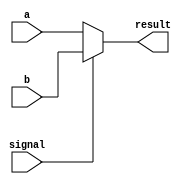
module multiplexer(input [15:0] a,b,
                    input signal,//If the signal is 0, choose a, if 1, choose b.
                    output [15:0] result);
    assign result = (signal == 1'b0) ? a : b ;
endmodule